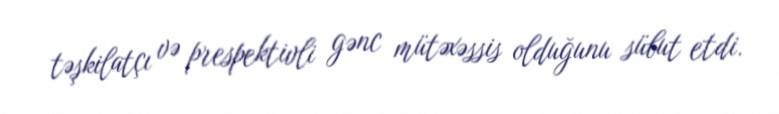
təşkilatçı və prespektivli gənc mütəxəssis olduğunu sübut etdi.